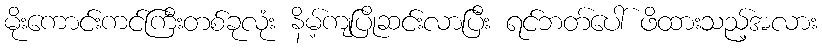
မိုးကောင်းကင်ကြီးတစ်ခုလုံး နိမ့်ကျပြိုဆင်းလာပြီး ရင်ဘတ်ပေါ် ဖိထားသည့်အလား